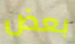
بعض